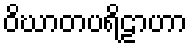
ဝိဃာတပရိဠာဟာ